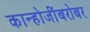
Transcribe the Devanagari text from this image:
कान्होजींबरोबर